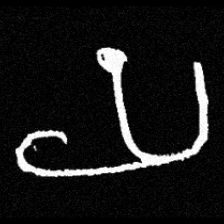
Pyu character \u2014 Myanmar letter: ယ (romanized: ya)